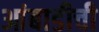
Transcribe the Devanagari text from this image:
आंबाडीची